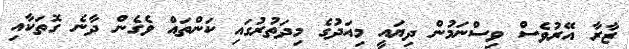
ޒާރާ އޭރުވެސް ވިސްނަމުން ދިޔައީ މިއަދުގެ މިދަތުރުގައި ކަންތައް ވެގެން ދާނެ ގޮތަކާއި